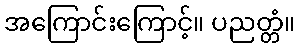
အကြောင်းကြောင့်။ ပညတ္တံ။